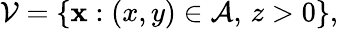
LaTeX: \mathcal{V}=\{ \textbf{x}:(x,y)\in\mathcal{A},\, z>0\} ,